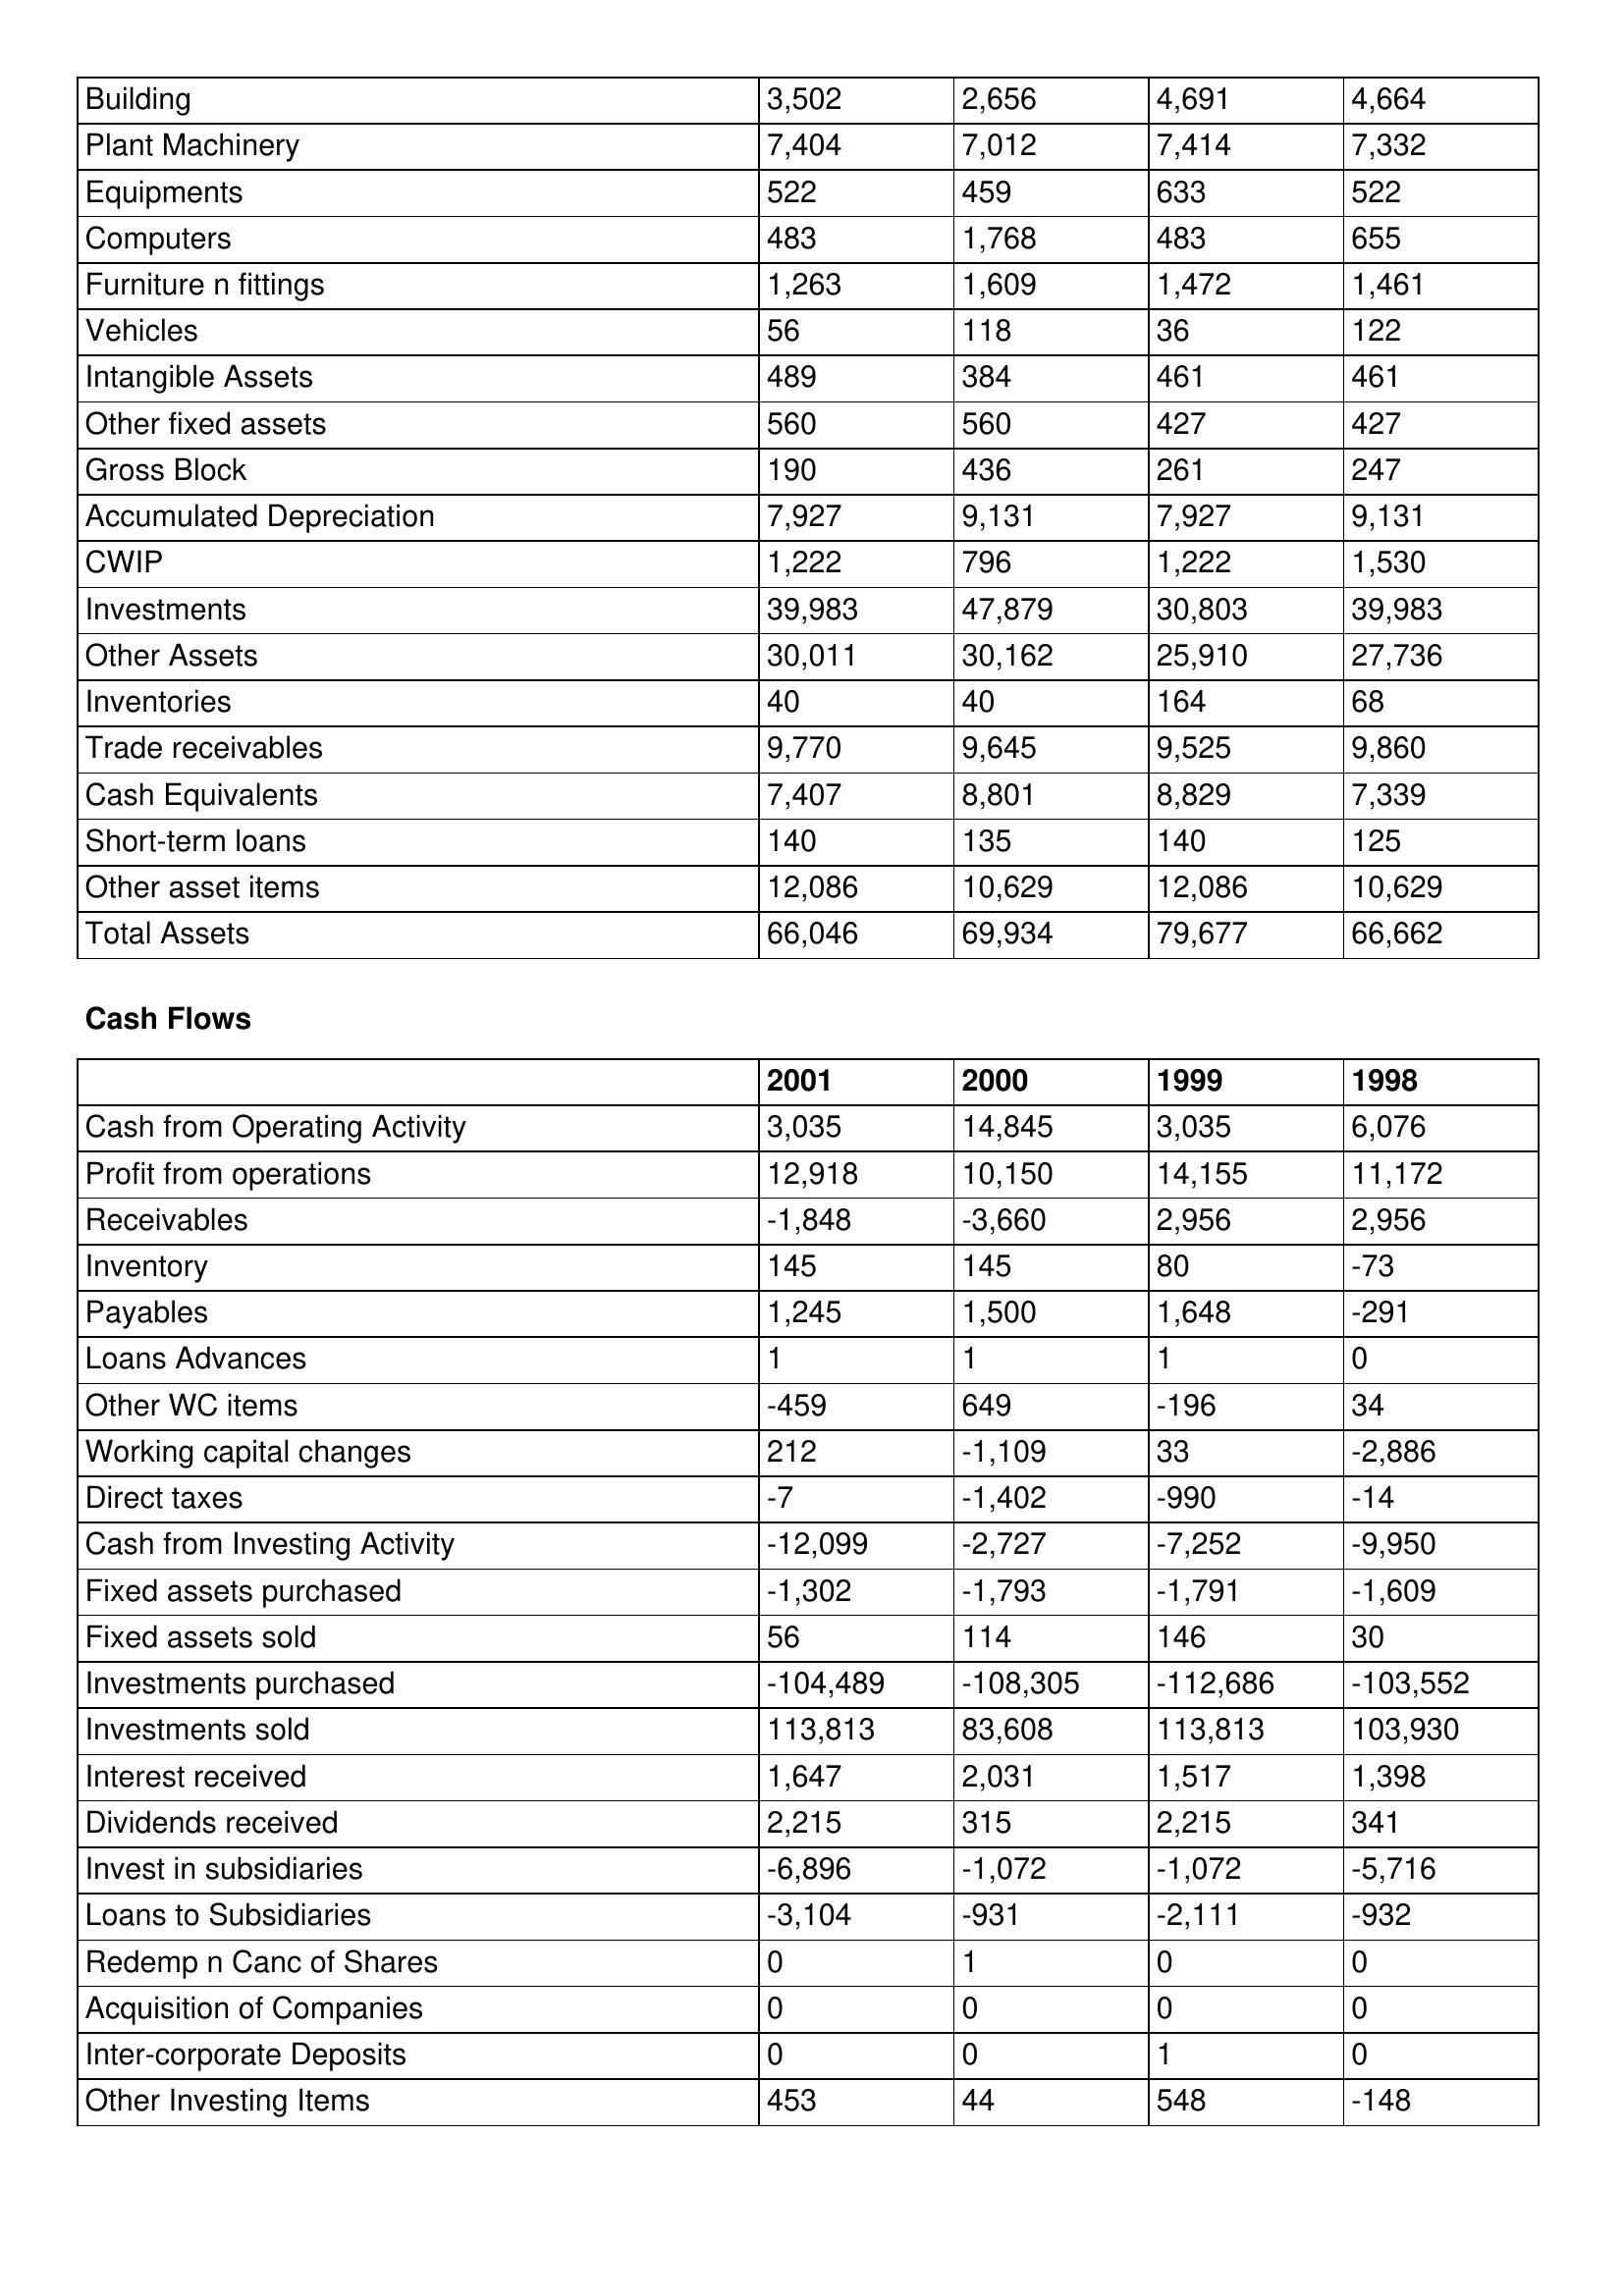
gt_parse: 2001: Balance Sheet: Building: 3,502
Plant Machinery: 7,404
Equipments: 522
Computers: 483
Furniture n fittings: 1,263
Vehicles: 56
Intangible Assets: 489
Other fixed assets: 560
Gross Block: 190
Accumulated Depreciation: 7,927
CWIP: 1,222
Investments: 39,983
Other Assets: 30,011
Inventories: 40
Trade receivables: 9,770
Cash Equivalents: 7,407
Short-term loans: 140
Other asset items: 12,086
Total Assets: 66,046
Cash Flows: Cash from Operating Activity: 3,035
Profit from operations: 12,918
Receivables: -1,848
Inventory: 145
Payables: 1,245
Loans Advances: 1
Other WC items: -459
Working capital changes: 212
Direct taxes: -7
Cash from Investing Activity: -12,099
Fixed assets purchased: -1,302
Fixed assets sold: 56
Investments purchased: -104,489
Investments sold: 113,813
Interest received: 1,647
Dividends received: 2,215
Invest in subsidiaries: -6,896
Loans to Subsidiaries: -3,104
Redemp n Canc of Shares: 0
Acquisition of Companies: 0
Inter-corporate Deposits: 0
Other Investing Items: 453
2000: Balance Sheet: Building: 2,656
Plant Machinery: 7,012
Equipments: 459
Computers: 1,768
Furniture n fittings: 1,609
Vehicles: 118
Intangible Assets: 384
Other fixed assets: 560
Gross Block: 436
Accumulated Depreciation: 9,131
CWIP: 796
Investments: 47,879
Other Assets: 30,162
Inventories: 40
Trade receivables: 9,645
Cash Equivalents: 8,801
Short-term loans: 135
Other asset items: 10,629
Total Assets: 69,934
Cash Flows: Cash from Operating Activity: 14,845
Profit from operations: 10,150
Receivables: -3,660
Inventory: 145
Payables: 1,500
Loans Advances: 1
Other WC items: 649
Working capital changes: -1,109
Direct taxes: -1,402
Cash from Investing Activity: -2,727
Fixed assets purchased: -1,793
Fixed assets sold: 114
Investments purchased: -108,305
Investments sold: 83,608
Interest received: 2,031
Dividends received: 315
Invest in subsidiaries: -1,072
Loans to Subsidiaries: -931
Redemp n Canc of Shares: 1
Acquisition of Companies: 0
Inter-corporate Deposits: 0
Other Investing Items: 44
1999: Balance Sheet: Building: 4,691
Plant Machinery: 7,414
Equipments: 633
Computers: 483
Furniture n fittings: 1,472
Vehicles: 36
Intangible Assets: 461
Other fixed assets: 427
Gross Block: 261
Accumulated Depreciation: 7,927
CWIP: 1,222
Investments: 30,803
Other Assets: 25,910
Inventories: 164
Trade receivables: 9,525
Cash Equivalents: 8,829
Short-term loans: 140
Other asset items: 12,086
Total Assets: 79,677
Cash Flows: Cash from Operating Activity: 3,035
Profit from operations: 14,155
Receivables: 2,956
Inventory: 80
Payables: 1,648
Loans Advances: 1
Other WC items: -196
Working capital changes: 33
Direct taxes: -990
Cash from Investing Activity: -7,252
Fixed assets purchased: -1,791
Fixed assets sold: 146
Investments purchased: -112,686
Investments sold: 113,813
Interest received: 1,517
Dividends received: 2,215
Invest in subsidiaries: -1,072
Loans to Subsidiaries: -2,111
Redemp n Canc of Shares: 0
Acquisition of Companies: 0
Inter-corporate Deposits: 1
Other Investing Items: 548
1998: Balance Sheet: Building: 4,664
Plant Machinery: 7,332
Equipments: 522
Computers: 655
Furniture n fittings: 1,461
Vehicles: 122
Intangible Assets: 461
Other fixed assets: 427
Gross Block: 247
Accumulated Depreciation: 9,131
CWIP: 1,530
Investments: 39,983
Other Assets: 27,736
Inventories: 68
Trade receivables: 9,860
Cash Equivalents: 7,339
Short-term loans: 125
Other asset items: 10,629
Total Assets: 66,662
Cash Flows: Cash from Operating Activity: 6,076
Profit from operations: 11,172
Receivables: 2,956
Inventory: -73
Payables: -291
Loans Advances: 0
Other WC items: 34
Working capital changes: -2,886
Direct taxes: -14
Cash from Investing Activity: -9,950
Fixed assets purchased: -1,609
Fixed assets sold: 30
Investments purchased: -103,552
Investments sold: 103,930
Interest received: 1,398
Dividends received: 341
Invest in subsidiaries: -5,716
Loans to Subsidiaries: -932
Redemp n Canc of Shares: 0
Acquisition of Companies: 0
Inter-corporate Deposits: 0
Other Investing Items: -148